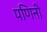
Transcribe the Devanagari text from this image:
पणिनी